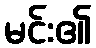
မင်း၏